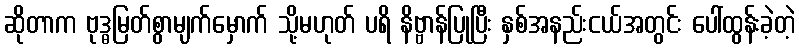
ဆိုတာက ဗုဒ္ဓမြတ်စွာမျက်မှောက် သို့မဟုတ် ပရိ နိဗ္ဗာန်ပြုပြီး နှစ်အနည်းငယ်အတွင်း ပေါ်ထွန်းခဲ့တဲ့